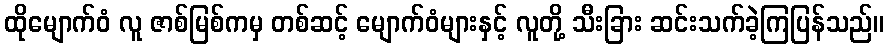
ထိုမျောက်ဝံ လူ ဇာစ်မြစ်ကမှ တစ်ဆင့် မျောက်ဝံများနှင့် လူတို့ သီးခြား ဆင်းသက်ခဲ့ကြပြန်သည်။